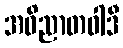
အဝိညာတဝါဒီ